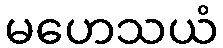
မဟေသယံ